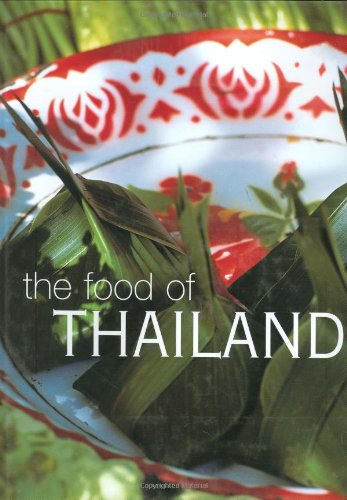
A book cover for The Food of Thailand; Pornchan Cheepchaiissara; Cookbooks, Food & Wine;